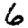
Digit: 6